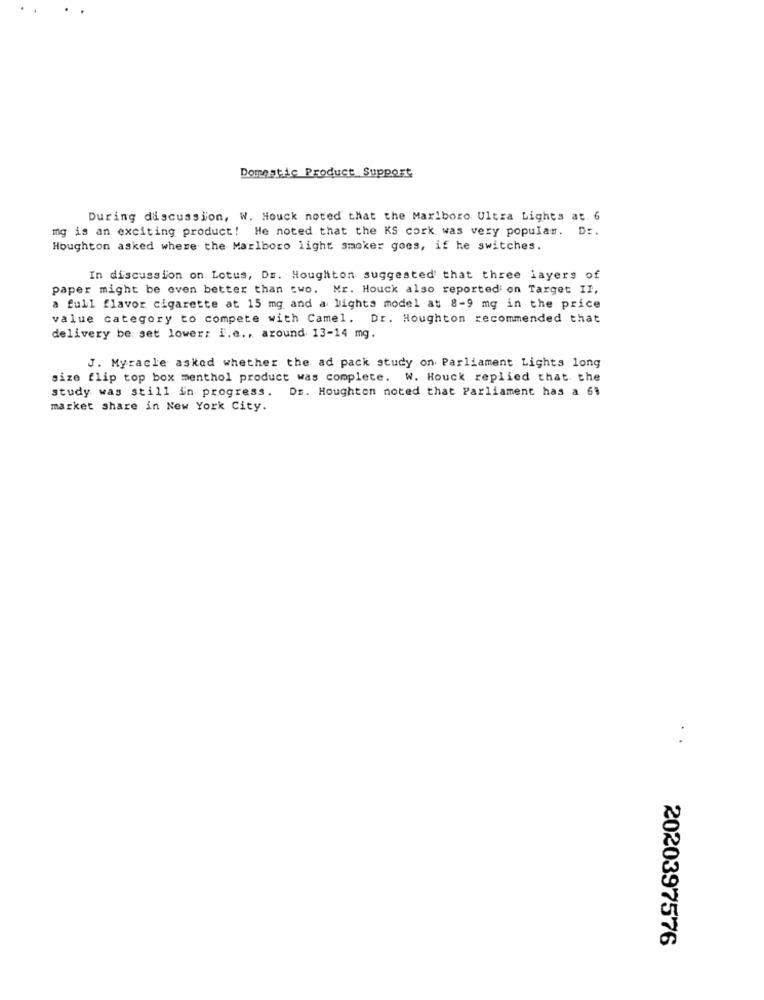
Domestic Product Support
During discussion, W. Houck noted that the Marlboro Ultra Lights at 6
mg is an exciting product! He noted that the KS cork was very popular. Dr.
Houghton asked where the Marlboro light smoker goes, if he switches.
In discussion on Lotus, Dr. Houghton suggested that three layers of
paper might be even better than two. Mr. Houck also reported on Target II,
a full flavor cigarette at 15 mg and a lights model at 8-9 mg in the price
value category to compete with Camel. Dr. Houghton recommended that
delivery be set lower: i.e ., around 13-14 mg.
J. Myracle asked whether the ad pack study on Parliament Lights long
size flip top box menthol product was complete. W. Houck replied that the
study was still in progress. Dr. Houghton noted that Parliament has a 61
market share in New York City.
2020397576